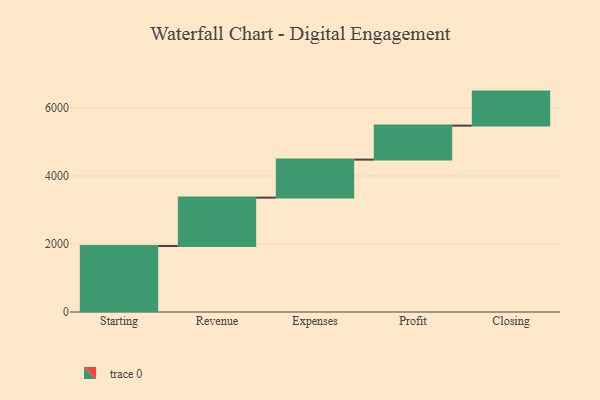
{"axis": {"x": "Step", "y": "Value"}, "legend": [""], "data": [{"x": "Starting", "y": 1941.0, "type": ""}, {"x": "Revenue", "y": 1422.0, "type": ""}, {"x": "Expenses", "y": 1117.0, "type": ""}, {"x": "Profit", "y": 1000, "type": ""}, {"x": "Closing", "y": 1000, "type": ""}]}